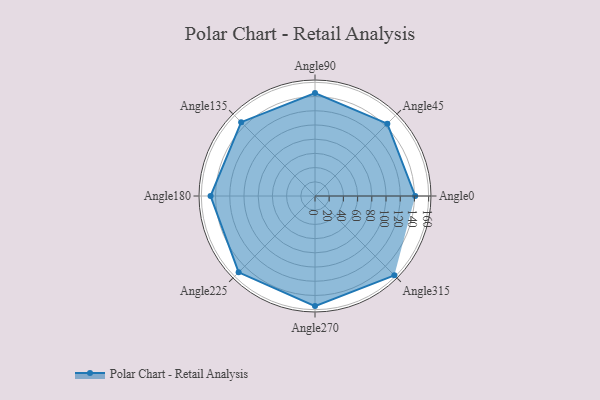
{"axis": {"x": "Angle", "y": "Radius"}, "legend": [""], "data": [{"x": "Angle0", "y": 141.0, "type": ""}, {"x": "Angle45", "y": 144.0, "type": ""}, {"x": "Angle90", "y": 145.0, "type": ""}, {"x": "Angle135", "y": 147.0, "type": ""}, {"x": "Angle180", "y": 147.0, "type": ""}, {"x": "Angle225", "y": 152.0, "type": ""}, {"x": "Angle270", "y": 155.0, "type": ""}, {"x": "Angle315", "y": 158.0, "type": ""}]}